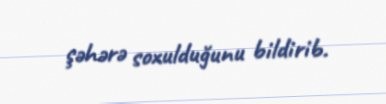
şəhərə soxulduğunu bildirib.